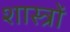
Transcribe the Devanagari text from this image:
शास्त्राें